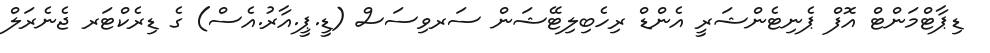
ޑިޕާޓްމަންޓް އޮފް ޕެނިޓެންޝަރީ އެންޑް ރިހެބިލިޓޭޝަން ސަރވިސަސް (ޑީ.ޕީ.އާރު.އެސް) ގެ ޑިރެކްޓަރ ޖެނެރަލް